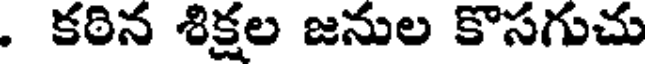
. కఠిన శిక్షల జనుల కొసగుచు